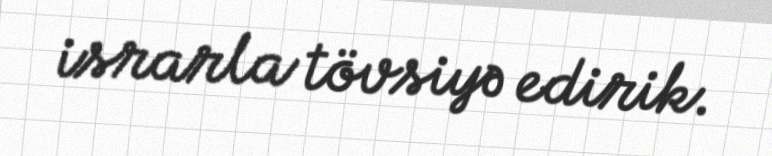
israrla tövsiyə edirik.